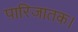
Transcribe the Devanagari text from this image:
पारिजातक।